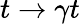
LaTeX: t\to\gamma t